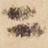
ニ